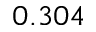
0 . 3 0 4